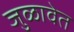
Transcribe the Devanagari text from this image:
जुळावेत